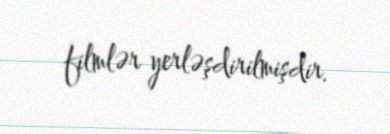
filmlər yerləşdirilmişdir.